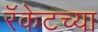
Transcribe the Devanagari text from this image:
रॅकेटच्या